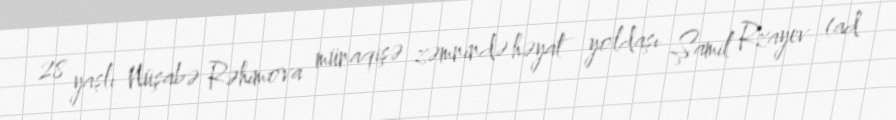
28 yaşlı Nüşabə Rəhimova münaqişə zəmnində həyat yoldaşı Şamil Rzayev (ad